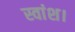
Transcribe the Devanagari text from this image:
स्वांश।